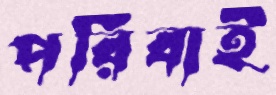
পরিবাই